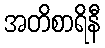
အတိစာရိနီ